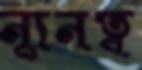
ন্যূনত্ব